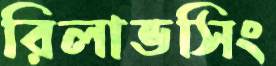
রিলাভসিং